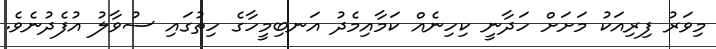
މިވަރު ފިރިއަކު މަށަށް ހަދާނީ ކިހިނެއް ކަމާއިމެދު އަނބިމީހާގެ ހިތުގައި ސުވާލު އުފެދުނެވެ.